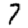
Digit: 7